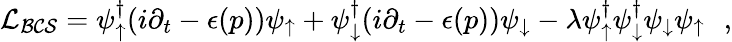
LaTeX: {\cal L_{BCS}}=\psi_{\uparrow}^{\dagger}(i\partial_{t}-\epsilon(p))\psi_{\uparrow}+\psi_{\downarrow}^{\dagger}(i\partial_{t}-\epsilon(p))\psi_{\downarrow}-\lambda\psi_{\uparrow}^{\dagger}\psi_{\downarrow}^{\dagger}\psi_{\downarrow}\psi_{\uparrow}\, \, \, \, ,